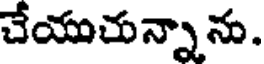
చేయుచున్నాను.